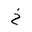
Letter: _kha